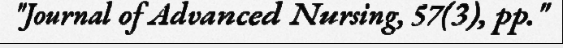
"Journal of Advanced Nursing, 57(3), pp."